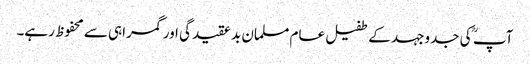
آپ ؒ کی جدوجہد کے طفیل عام مسلمان بد عقیدگی اور گمراہی سے محفوظ رہے۔